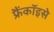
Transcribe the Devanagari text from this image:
फ्रैंकॉइसे